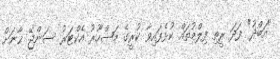
"އަބްދު" ފަދަ ރީތި ފިލްމުތައް ކުޅެފައިވާ ކުރީގެ މަޝްހޫރު އެކްޓަރު ސަންޖޭ ޚާނަށް